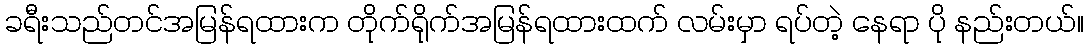
ခရီးသည်တင်အမြန်ရထားက တိုက်ရိုက်အမြန်ရထားထက် လမ်းမှာ ရပ်တဲ့ နေရာ ပို နည်းတယ်။